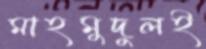
মাহমুদুলই